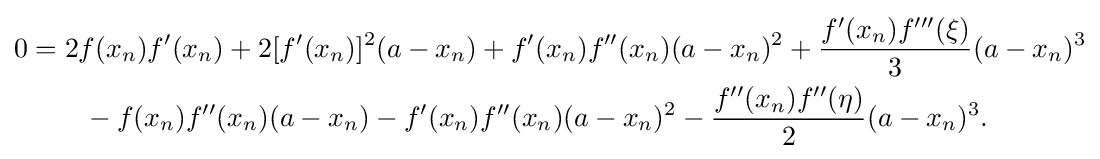
{\begin{aligned}0&=2f(x_{n})f'(x_{n})+2[f'(x_{n})]^{2}(a-x_{n})+f'(x_{n})f''(x_{n})(a-x_{n})^{2}+{\frac {f'(x_{n})f'''(\xi )}{3}}(a-x_{n})^{3}\\&\qquad -f(x_{n})f''(x_{n})(a-x_{n})-f'(x_{n})f''(x_{n})(a-x_{n})^{2}-{\frac {f''(x_{n})f''(\eta )}{2}}(a-x_{n})^{3}.\end{aligned}}